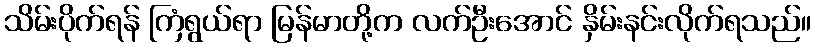
သိမ်းပိုက်ရန် ကြံရွယ်ရာ မြန်မာတို့က လက်ဦးအောင် နှိမ်းနင်းလိုက်ရသည်။